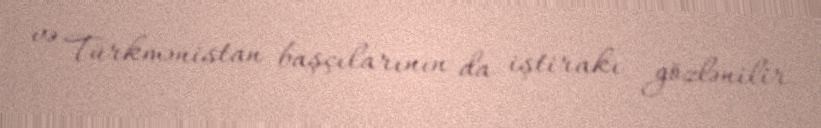
və Türkmənistan başçılarının da iştirakı gözlənilir.